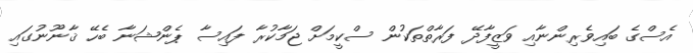
އެސްގެ ބައިވެރިންނާއި ވަޒީފާދޭ ފަރާތްތަކުން ސްކީމަށް ޖަމާކުރާ ފައިސާ ޕެންޝަނާ ބެހޭ ޤާނޫނުގައި